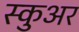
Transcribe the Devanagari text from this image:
स्कुअर